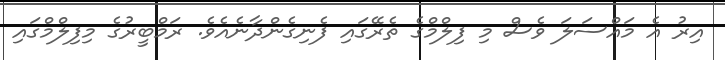
އިރު އެ މައްސަލަ ވެސް މި ފިލްމްގެ ތެރޭގައި ފެނިގެންދާނެއެވެ. ރަމްބީރުގެ މިފިލްމްގައި